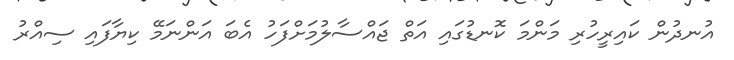
އުނދުން ކައިރީހުރި މަންމަ ކޮނޑުގައި އަތް ޖައްސާލުމަށްފަހު އެބަ އަންނަމޭ ކިޔާފައި ސިއްރު